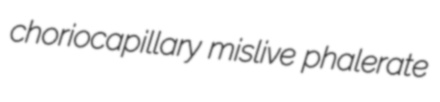
choriocapillary mislive phalerate